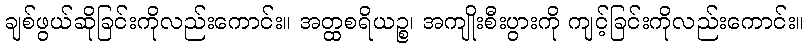
ချစ်ဖွယ်ဆိုခြင်းကိုလည်းကောင်း။ အတ္ထစရိယဉ္စ၊ အကျိုးစီးပွားကို ကျင့်ခြင်းကိုလည်းကောင်း။